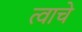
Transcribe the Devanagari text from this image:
त्वाचे